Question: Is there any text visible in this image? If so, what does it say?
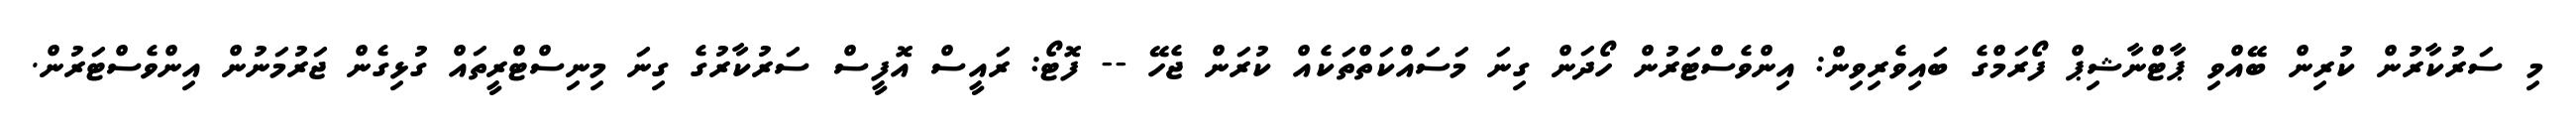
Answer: މި ސަރުކާރުން ކުރިން ބޭއްވި ޕާޓްނާޝިޕް ފޯރަމްގެ ބައިވެރިވިން: އިންވެސްޓަރުން ހޯދަން ގިނަ މަސައްކަތްތަކެއް ކުރަން ޖެހޭ -- ފޮޓޯ: ރައީސް އޮފީސް ސަރުކާރުގެ ގިނަ މިނިސްޓްރީތައް ގުޅިގެން ޖަރުމަނުން އިންވެސްޓަރުން.